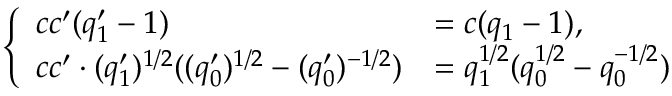
\begin{array} { r } { \left\{ \begin{array} { l l } { c c ^ { \prime } ( q _ { 1 } ^ { \prime } - 1 ) } & { = c ( q _ { 1 } - 1 ) , } \\ { c c ^ { \prime } \cdot ( q _ { 1 } ^ { \prime } ) ^ { 1 / 2 } ( ( q _ { 0 } ^ { \prime } ) ^ { 1 / 2 } - ( q _ { 0 } ^ { \prime } ) ^ { - 1 / 2 } ) } & { = q _ { 1 } ^ { 1 / 2 } ( q _ { 0 } ^ { 1 / 2 } - q _ { 0 } ^ { - 1 / 2 } ) } \end{array} \right. } \end{array}